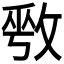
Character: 𫾾